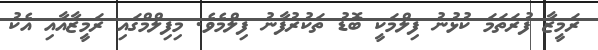
ރަމީޒާ ފުރަތަމަ ކުޅުނު ފިލްމަކީ ބޮޑު ތަކުރުފާނު ފިލްމެވެ. މިފިލްމްގައި ރަމީޒާއާއި އެކު